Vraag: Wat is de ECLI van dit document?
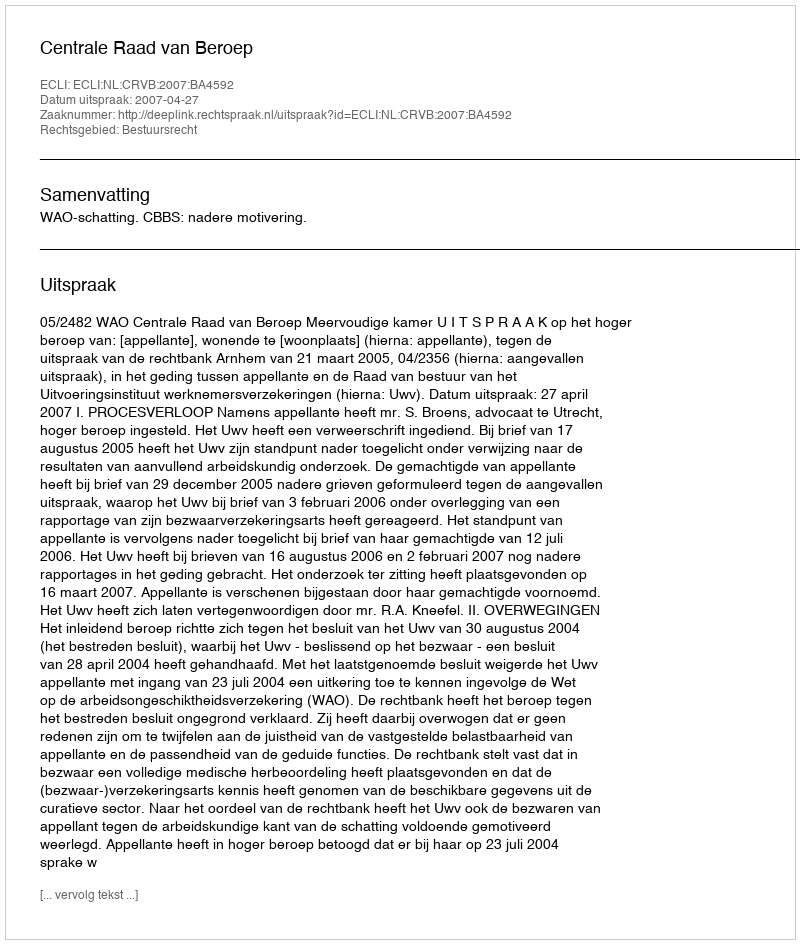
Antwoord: ECLI:NL:CRVB:2007:BA4592